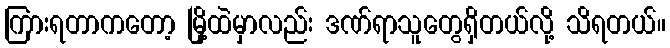
ကြားရတာကတော့ မြို့ထဲမှာလည်း ဒဏ်ရာသူတွေရှိတယ်လို့ သိရတယ်။